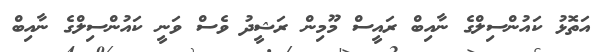
އަތޮޅު ކައުންސިލްގެ ނާއިބް ރައީސް މޫމިން ރަޝީދު ވެސް ވަނީ ކައުންސިލްގެ ނާއިބް